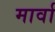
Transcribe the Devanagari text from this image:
मार्वा